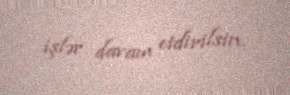
işlər davam etdirilsin.